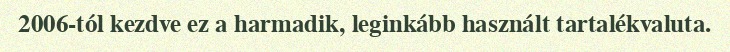
2006-tól kezdve ez a harmadik, leginkább használt tartalékvaluta.